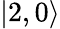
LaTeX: \left|2,0\right\rangle